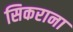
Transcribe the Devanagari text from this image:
सिकराना